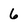
Character: 6